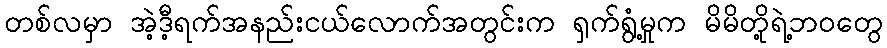
တစ်လမှာ အဲ့ဒီ့ရက်အနည်းငယ်လောက်အတွင်းက ရှက်ရွံ့မှုက မိမိတို့ရဲ့ဘဝတွေ